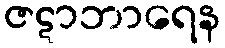
ဇဋာဘာရေန